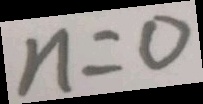
n = 0